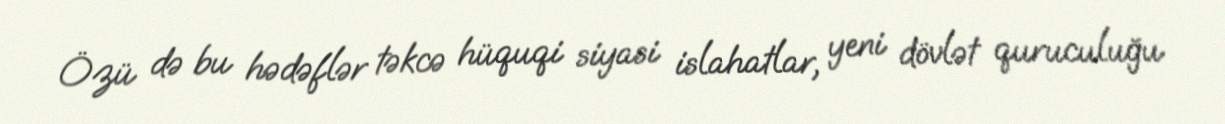
Özü də bu hədəflər təkcə hüquqi siyasi islahatlar, yeni dövlət quruculuğu